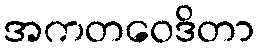
အကတဝေဒိတာ